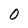
Character: O